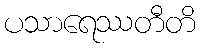
ပသာရေဿတီတိ